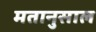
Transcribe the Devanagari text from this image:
मतानुसाल